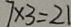
7 \times 3 = 2 1